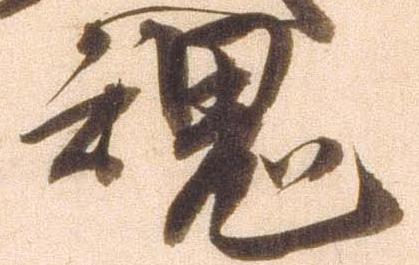
魂